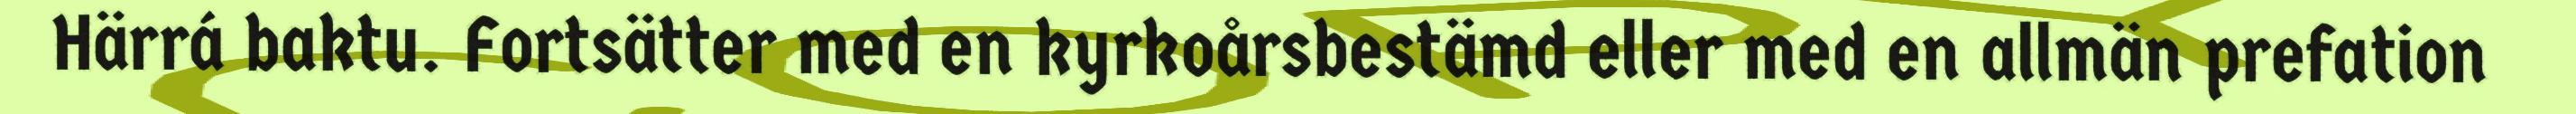
Härrá baktu. Fortsätter med en kyrkoårsbestämd eller med en allmän prefation